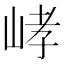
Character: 𡷸